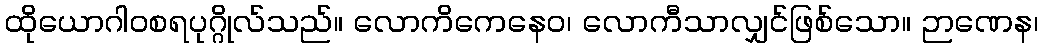
ထိုယောဂါဝစရပုဂ္ဂိုလ်သည်။ လောကိကေနေဝ၊ လောကီသာလျှင်ဖြစ်သော။ ဉာဏေန၊